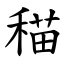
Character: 䅦